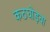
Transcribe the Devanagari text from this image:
कठघोड़वा